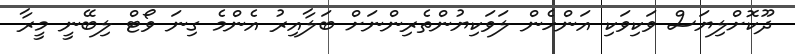
ދޫކޮށްލިޔަސް ވަކިވަކި އަންހެން ލަވަކިޔުންތެރިންނަށް ބަލާއިރު އެންމެ ގިނަ ވޯޓް ލިބޭނީ މީރާ